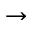
\boldsymbol { \rightarrow }